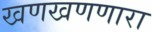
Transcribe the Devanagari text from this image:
खणखणणारा